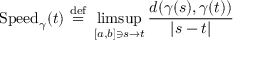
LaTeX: { \operatorname { S p e e d } _ { \gamma } } ( t ) ~ { \stackrel { \mathrm { d e f } } { = } } ~ \operatorname* { l i m s u p } _ { [ a , b ] \ni s \to t } { \frac { d ( \gamma ( s ) , \gamma ( t ) ) } { | s - t | } }